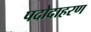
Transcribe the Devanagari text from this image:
पदोदाहरण